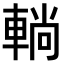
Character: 𨌩